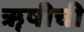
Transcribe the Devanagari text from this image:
ॠषीची